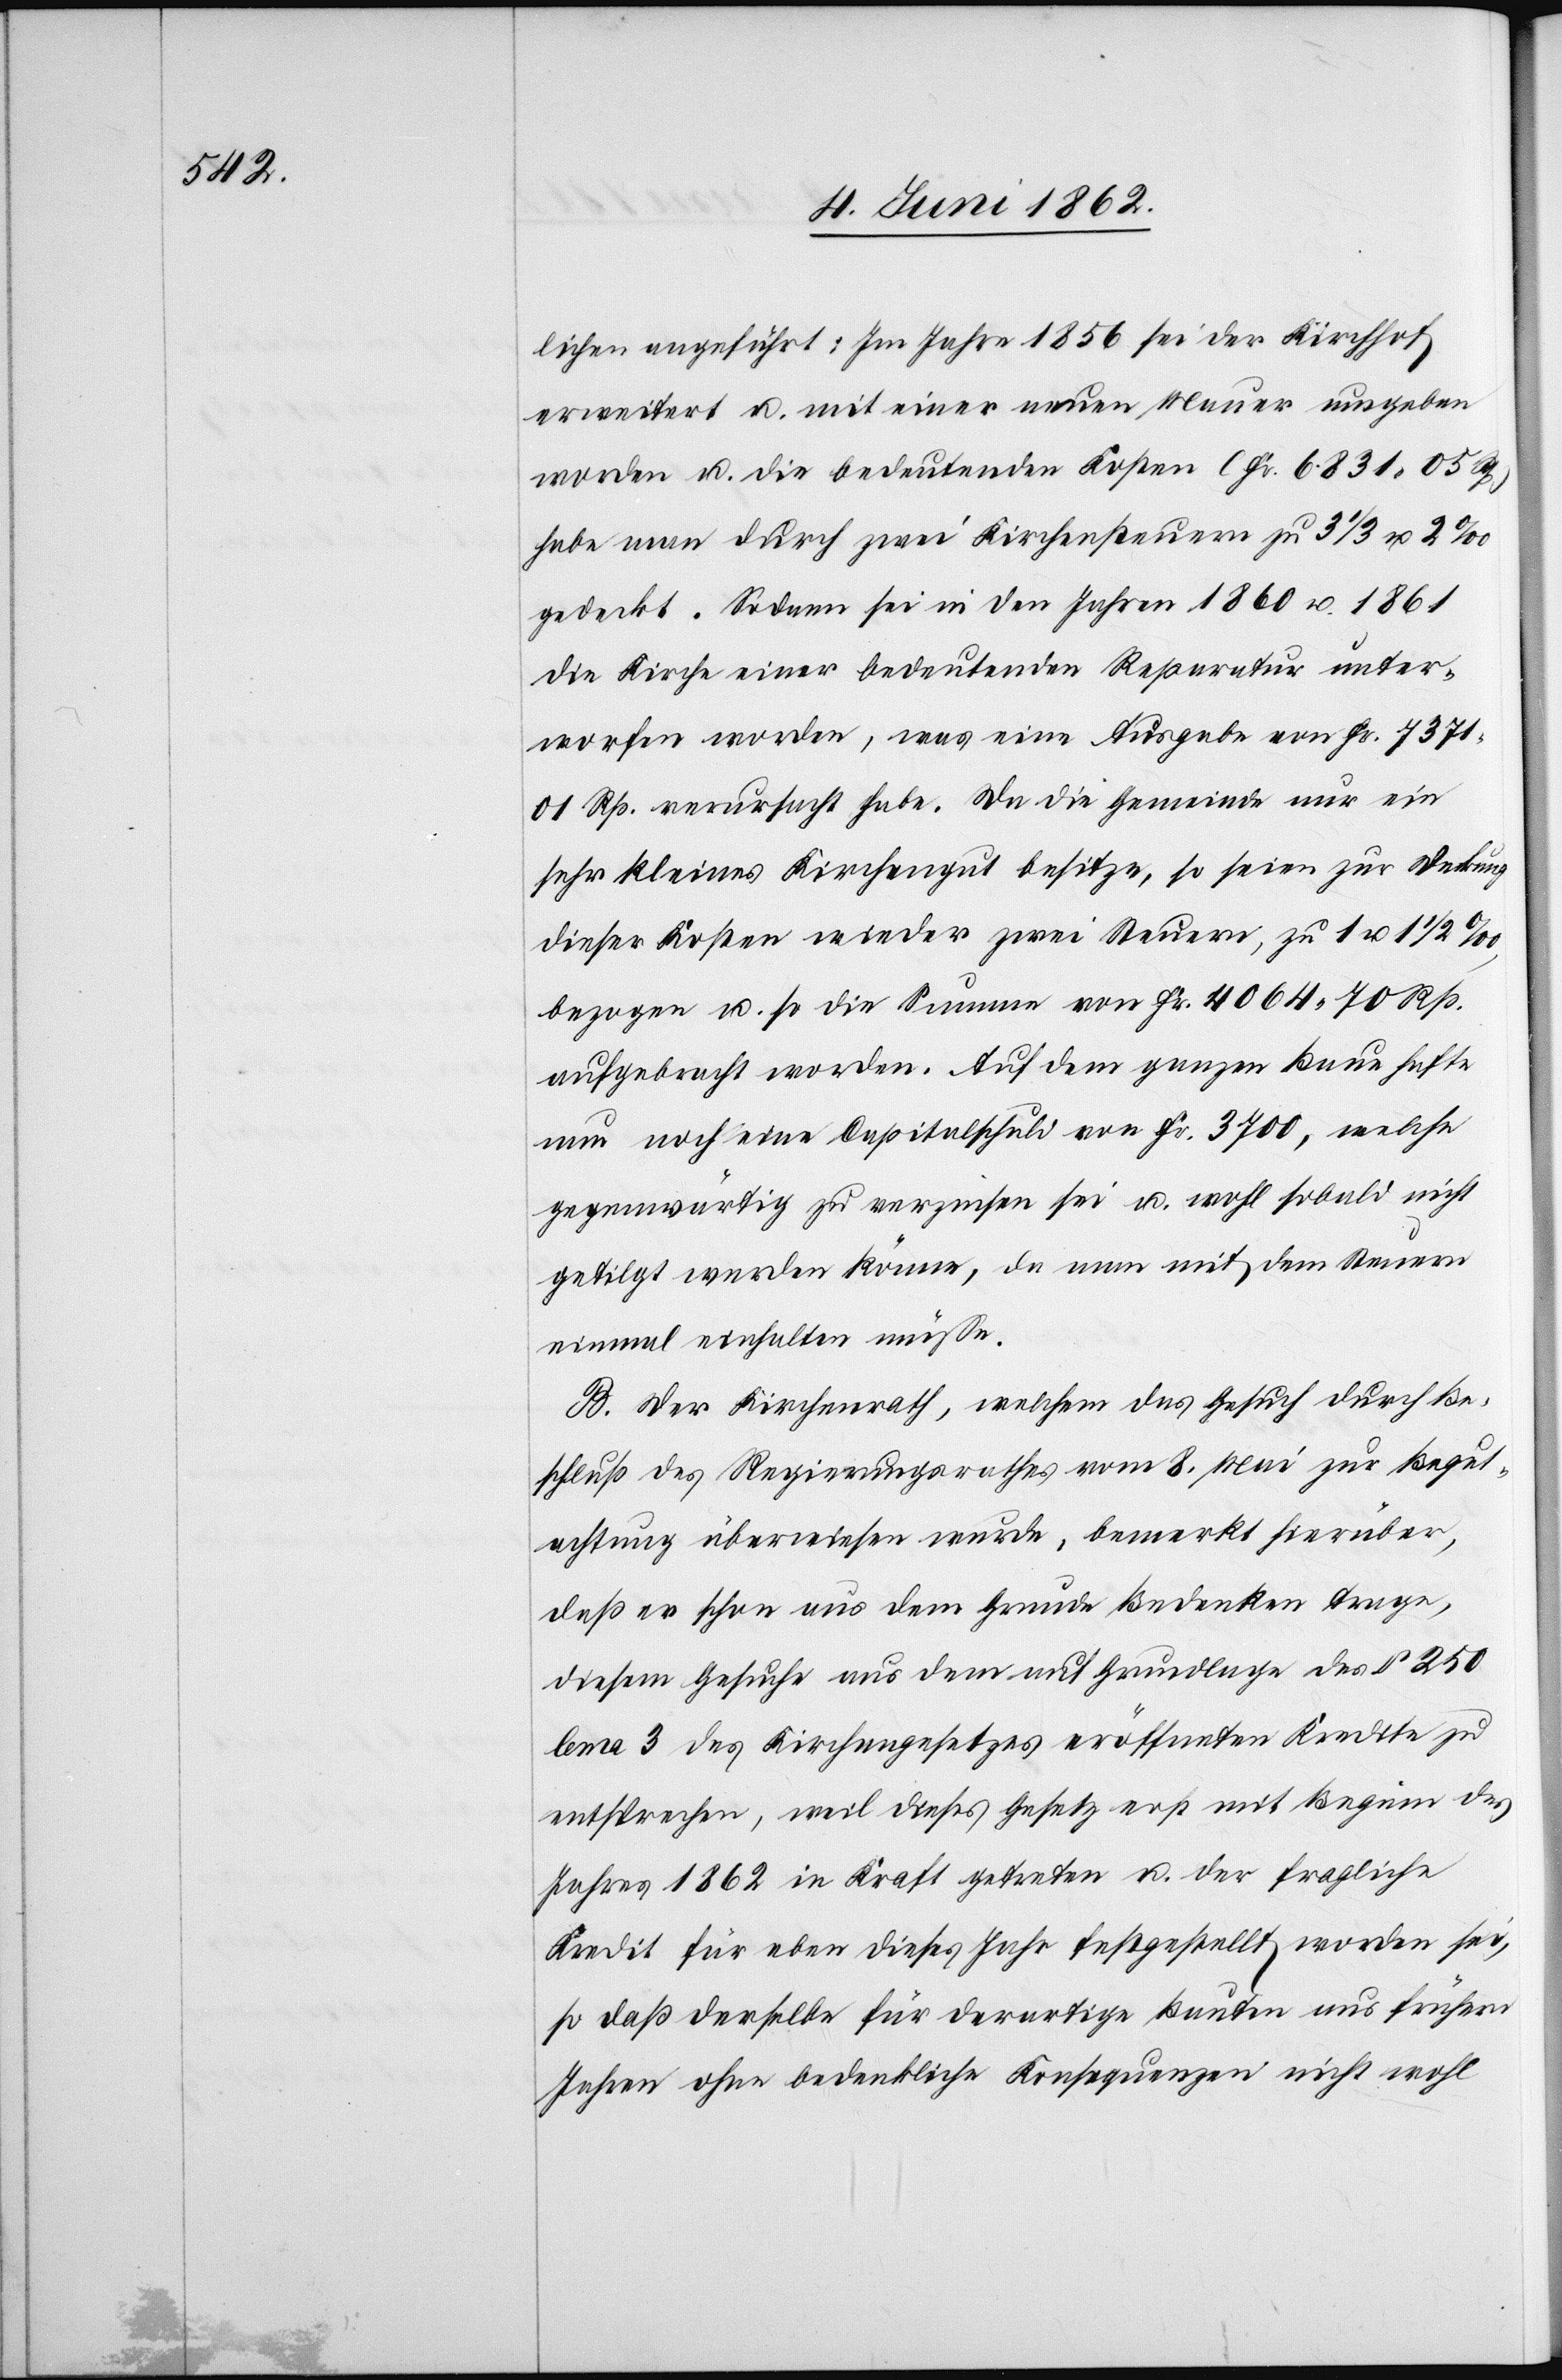
lichen angeführt: Im Jahr 1856 sei der Kirchhof
erweitert u. mit einer neuen Mauer umgeben
worden u. die bedeutenden Kosten (Fr. 6831 05 Rp.)
habe man durch zwei Kirchensteuern zu 3 1/3 u. 2‰
gedeckt. Sodann sei in den Jahren 1860 u. 1861
die Kirche einer bedeutenden Reparatur unter¬
worfen worden, was eine Ausgabe von Fr. 7371
01 Rp. verursacht habe. Da die Gemeinde nur ein
sehr kleines Kirchengut besitze, so seien zur Deckung
dieser Kosten wieder zwei Steuern, zu 1 u. 1 1/2‰,
bezogen u. so die Summe von Fr. 4064 70 Rp.
aufgebracht worden. Auf dem ganzen Baue hafte
nun noch eine Capitalschuld von Fr. 3700, welche
gegenwärtig zu verzinsen sei u. wohl sobald nicht
getilgt werden könne, da man mit dem [sic!]
einmal einhalten müsse.
B. Der Kirchenrath, welchem das Gesuch durch Be¬
schluß des Regierungsrathes vom 8. Mai zur Begut¬
achtung überwiesen wurde bemerkt hierüber,
daß er schon aus dem Grunde Bedenken trage,
diesem Gesuche aus dem auf Grundlage des §. 250
lema 3 des Kirchengesetzes eröffneten Kredite zu
entsprechen, weil dieses Gesetz erst mit Beginn des
Jahres 1862 in Kraft getreten u. der fragliche
Kredit für eben dieses Jahr festgestellt worden sei,
so daß derselbe für derartige Bauten aus frühern
Jahren ohne bedenkliche Konsequenzen nicht wohl